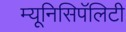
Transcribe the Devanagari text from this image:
म्यूनिसिपॅलिटी